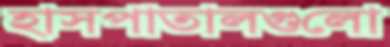
হাসপাতালগুলো